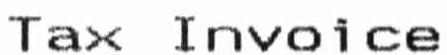
TAX INVOICE